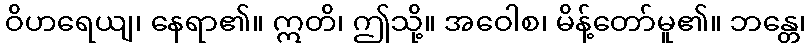
ဝိဟရေယျ၊ နေရာ၏။ ဣတိ၊ ဤသို့။ အဝေါစ၊ မိန့်တော်မူ၏။ ဘန္တေ၊